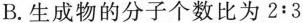
B.生成物的分子个数比为2:3